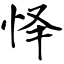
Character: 怿